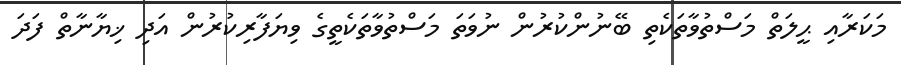
މަކަރާއި ޙީލަތް މަސްތުވާތަކެތި ބޭނުންކުރުން ނުވަތަ މަސްތުވާތަކެތީގެ ވިޔަފާރިކުރުން އަދި ޚިޔާނާތް ފަދަ